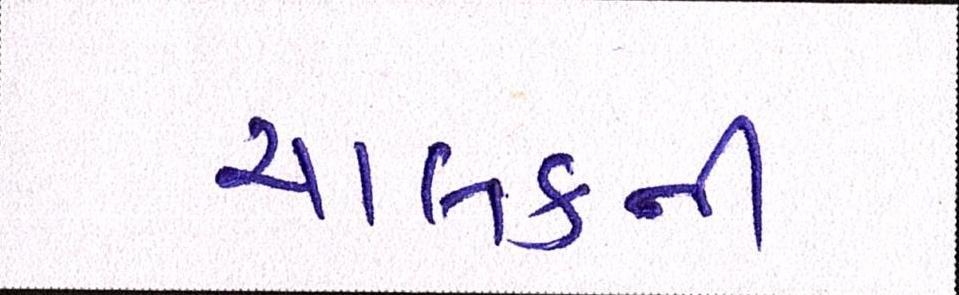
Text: ચાલકની